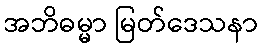
အဘိဓမ္မာ မြတ်ဒေသနာ